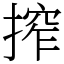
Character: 搾